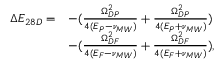
\begin{array} { r l } { \Delta E _ { 2 8 D } = } & { - ( \frac { \Omega _ { D P } ^ { 2 } } { 4 ( E _ { P } - \nu _ { M W } ) } + \frac { \Omega _ { D P } ^ { 2 } } { 4 ( E _ { P } + \nu _ { M W } ) } ) } \\ & { - ( \frac { \Omega _ { D F } ^ { 2 } } { 4 ( E _ { F } - \nu _ { M W } ) } + \frac { \Omega _ { D F } ^ { 2 } } { 4 ( E _ { F } + \nu _ { M W } ) } ) , } \end{array}